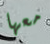
معها